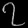
Digit: ၇